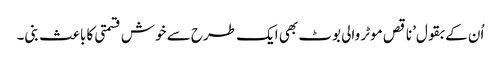
اُن کے بقول’ناقص موٹر والی بوٹ بھی ایک طرح سے خوش قسمتی کا باعث بنی۔